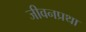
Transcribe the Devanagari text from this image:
जीवनप्रथा